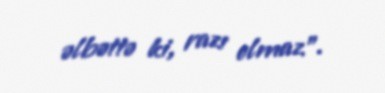
əlbəttə ki, razı olmaz”.